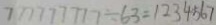
7 7 7 7 7 7 7 7 7 \div 6 3 = 1 3 3 4 5 6 7